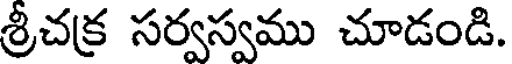
శ్రీచక్ర సర్వస్వము చూడండి.